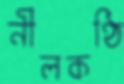
নীলকণ্ঠি